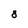
Character: 8